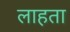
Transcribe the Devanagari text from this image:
लाहता